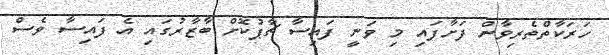
ހަރަކާތްތެރިވާން ފަށާފައި މި ވަނީ ފައިސާ ޗާޕުކޮށް ބާޒާރުގައި އެ ފައިސާ ވެސް